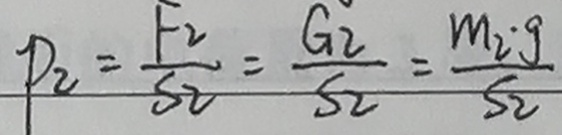
P _ { 2 } = \frac { F _ { 2 } } { S _ { 2 } } = \frac { G _ { 2 } } { S _ { 2 } } = \frac { m _ { 2 } \cdot g } { S _ { 2 } }